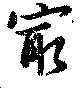
最